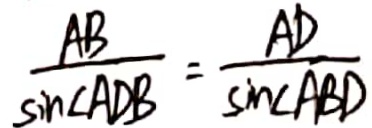
\frac { A B } { \sin \angle A D B } = \frac { A D } { \sin \angle A B D }